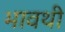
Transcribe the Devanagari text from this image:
भावथी